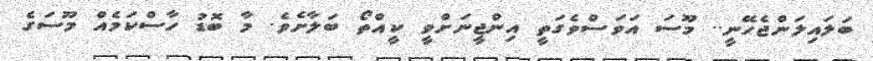
ބަލައިލަންޖެހޭނީ.. މޫސަ އަވަސްވެގަތީ އިންޖީނަށްވީ ކީއްތޯ ބަލާށެވެ. މާ ބޮޑު ހާސްކަމެއް މޫސަގެ